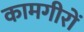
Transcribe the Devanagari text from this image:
कामगीरों